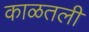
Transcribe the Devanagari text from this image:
काळतली